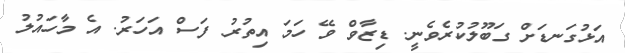
އަޅުގަނޑަށް ގަބޫލުކުރެވެނީ. ޑިޒާވް ވޭ ހަމަ އިތުރު ފަސް އަހަރު. އެ މާހައުލު